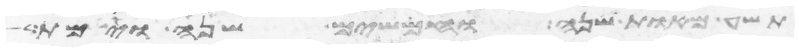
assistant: תשע מאות שנה וחמשים שנה וימת